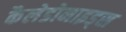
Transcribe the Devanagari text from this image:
कैलेडोनाइड्स